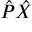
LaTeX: { \hat { P } } { \hat { X } }